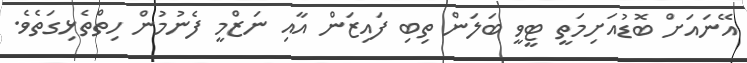
އޭނައަށް ބޮޑުއަށިމަތީ ޓީވީ ބަލަން ތިބި ފައިޒަން އާއި ނަޒްމީ ފެނުމުން ހިތްތެޅިގަތެވެ.